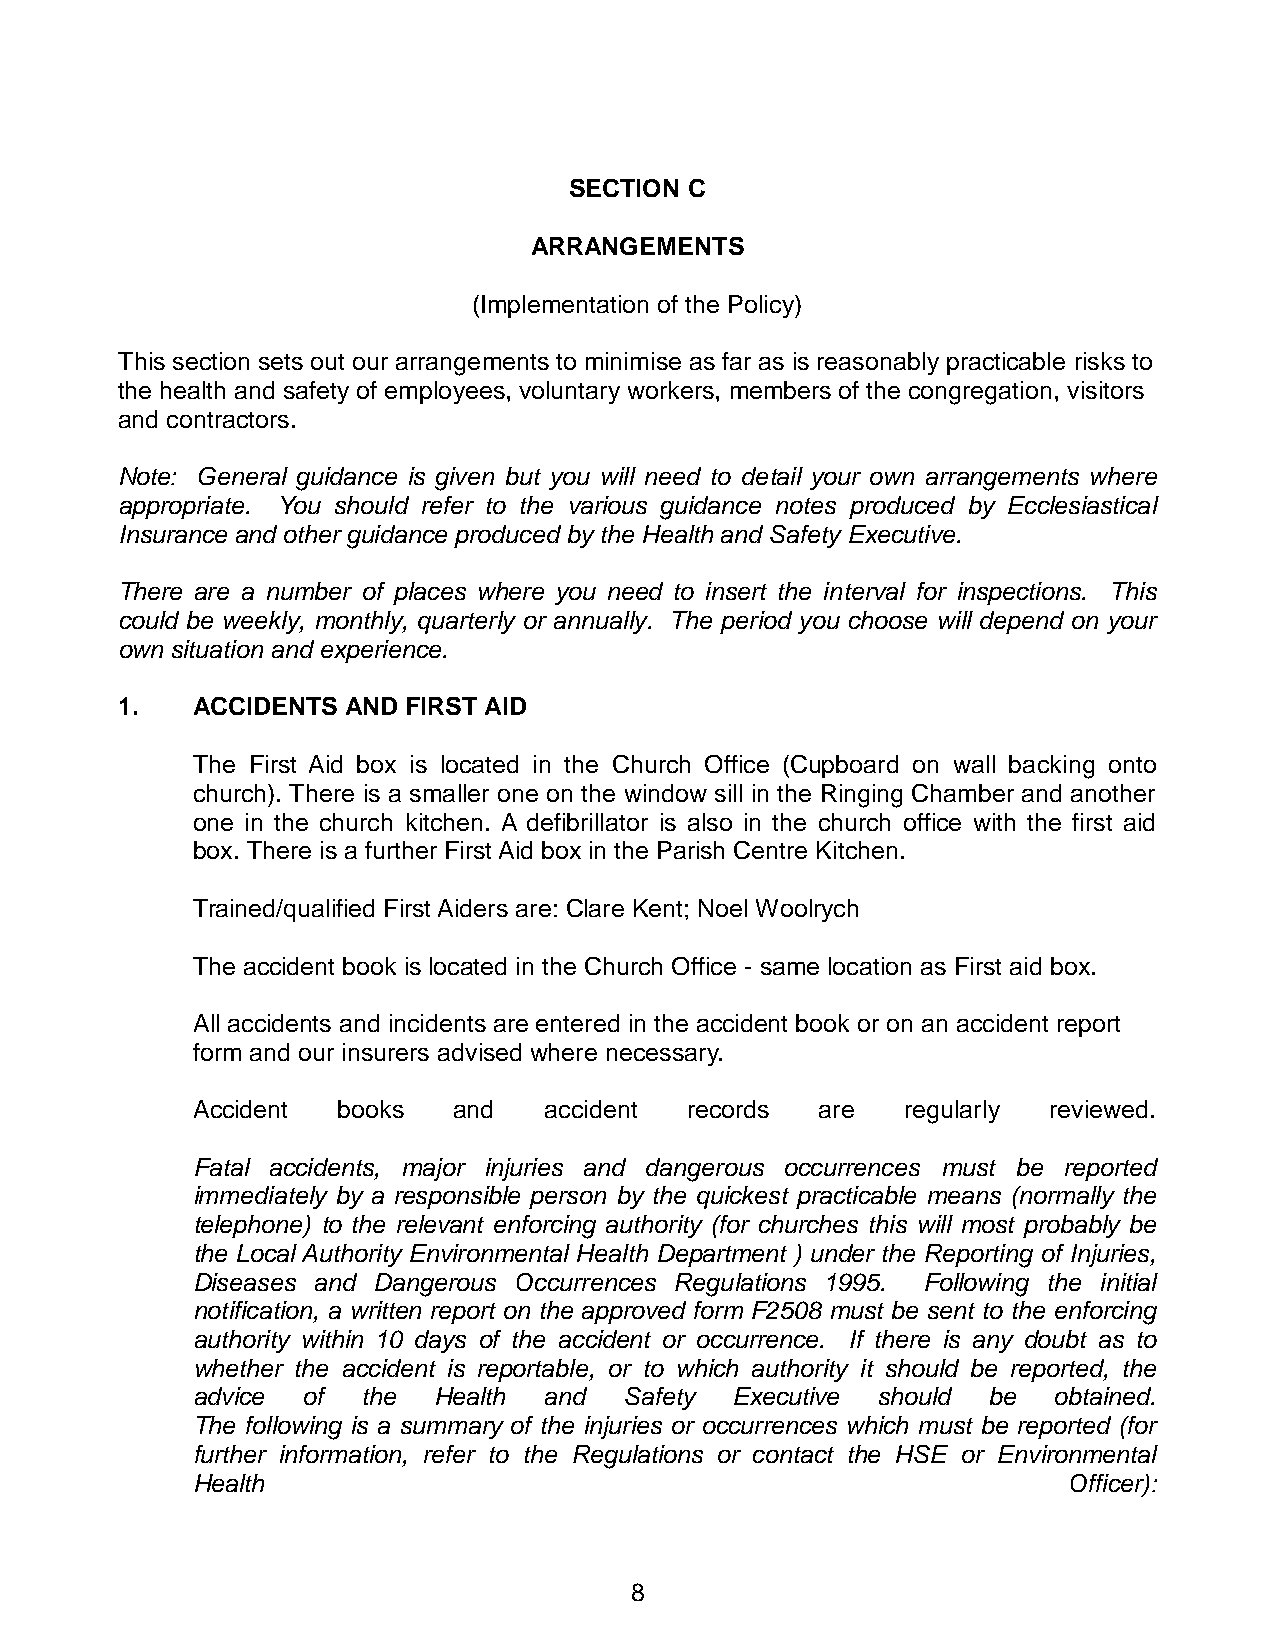
SECTION C
 ARRANGEMENTS
 (Implementation of the Policy)
 This section sets out our arrangements to minimise as far as is reasonably practicable risks to
 the health and safety of employees, voluntary workers, members of the congregation, visitors
 and contractors.
 Note: General guidance is given but you will need to detail your own arrangements where
 appropriate. You should refer to the various guidance notes produced by Ecclesiastical
 Insurance and other guidance produced by the Health and Safety Executive.
 There are a number of places where you need to insert the interval for inspections. This
 could be weekly, monthly, quarterly or annually. The period you choose will depend on your
 own situation and experience.
 1.   ACCIDENTS AND FIRST AID
 The First Aid box is located in the Church Office (Cupboard on wall backing onto
 church). There is a smaller one on the window sill in the Ringing Chamber and another
 one in the church kitchen. A defibrillator is also in the church office with the first aid
 box. There is a further First Aid box in the Parish Centre Kitchen.
 Trained/qualified First Aiders are: Clare Kent; Noel Woolrych
 The accident book is located in the Church Office - same location as First aid box.
 All accidents and incidents are entered in the accident book or on an accident report
 form and our insurers advised where necessary.
 Accident books   and   accident records  are   regularly reviewed.
 Fatal accidents, major injuries and dangerous occurrences must be reported
 immediately by a responsible person by the quickest practicable means (normally the
 telephone) to the relevant enforcing authority (for churches this will most probably be
 the Local Authority Environmental Health Department ) under the Reporting of Injuries,
 Diseases and Dangerous Occurrences Regulations 1995. Following the initial
 notification, a written report on the approved form F2508 must be sent to the enforcing
 authority within 10 days of the accident or occurrence. If there is any doubt as to
 whether the accident is reportable, or to which authority it should be reported, the
 advice of  the  Health and  Safety Executive should be   obtained.
 The following is a summary of the injuries or occurrences which must be reported (for
 further information, refer to the Regulations or contact the HSE or Environmental
 Health                                                    Officer):
 8